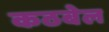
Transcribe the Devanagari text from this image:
कठबेल